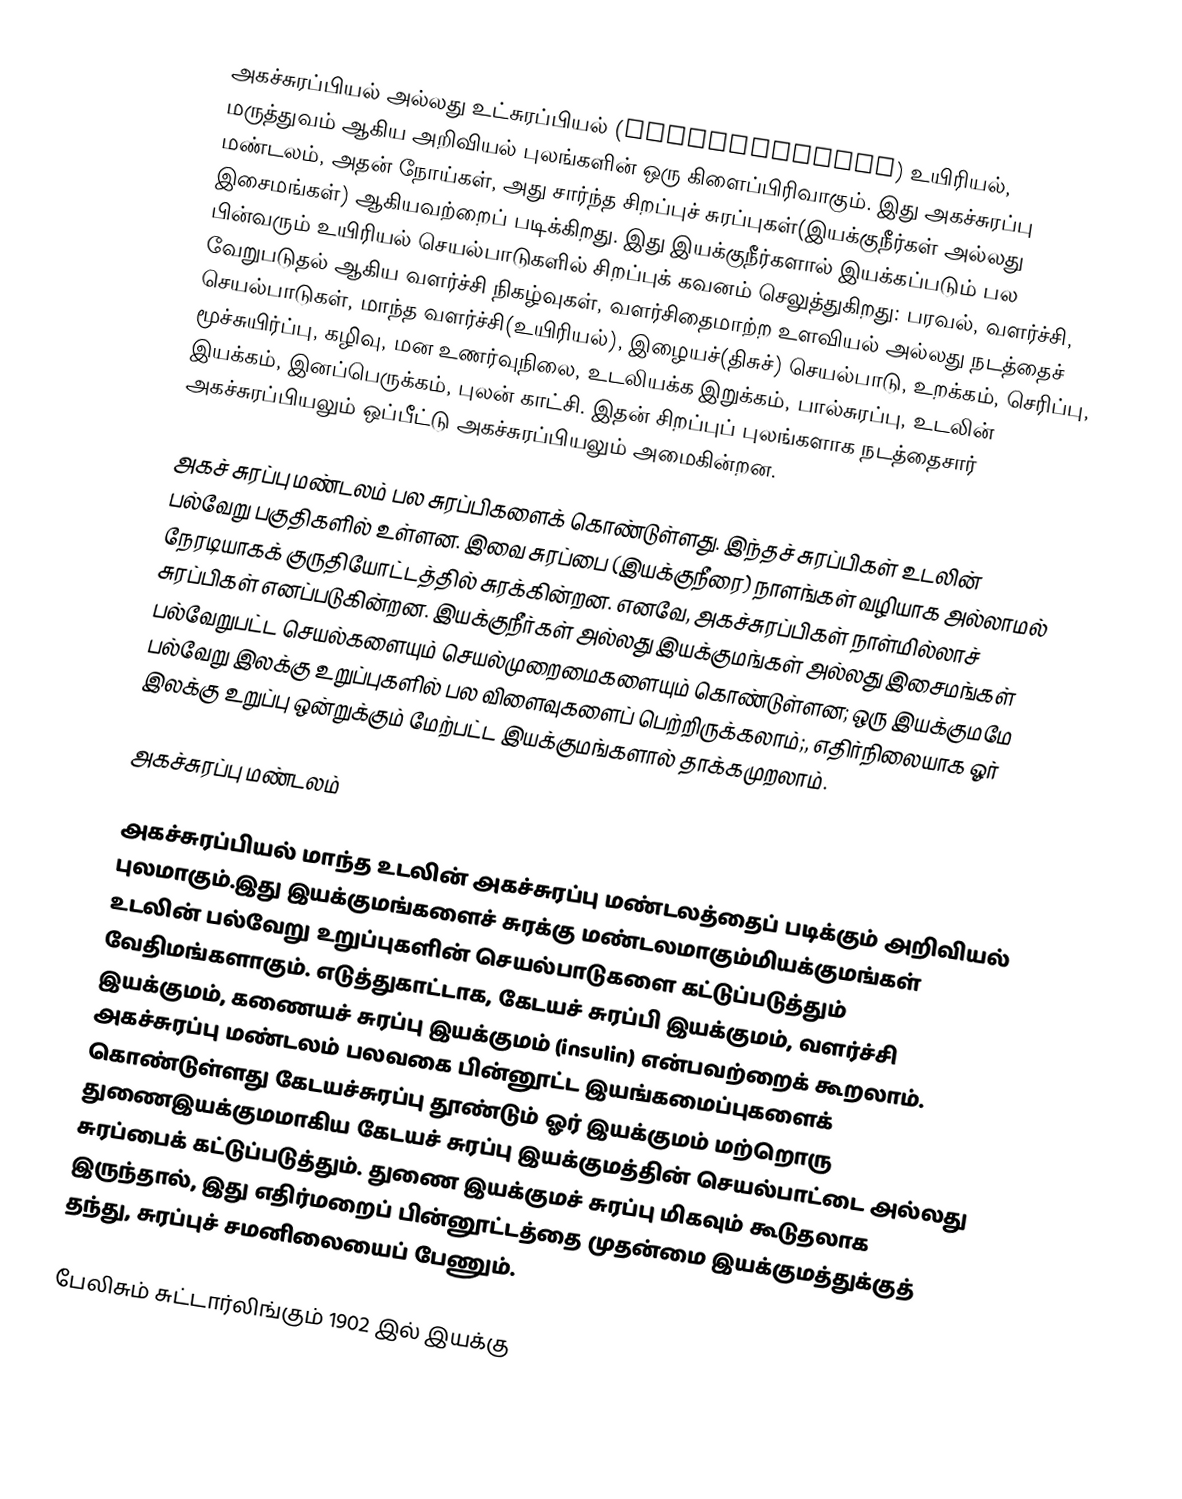
அகச்சுரப்பியல் அல்லது  உட்சுரப்பியல் (Endocrinology)  உயிரியல், மருத்துவம் ஆகிய அறிவியல் புலங்களின் ஒரு கிளைப்பிரிவாகும். இது அகச்சுரப்பு மண்டலம், அதன் நோய்கள், அது சார்ந்த சிறப்புச் சுரப்புகள்(இயக்குநீர்கள் அல்லது இசைமங்கள்) ஆகியவற்றைப் படிக்கிறது.  இது  இயக்குநீர்களால் இயக்கப்படும் பல பின்வரும் உயிரியல் செயல்பாடுகளில் சிறப்புக் கவனம் செலுத்துகிறது: பரவல், வளர்ச்சி, வேறுபடுதல் ஆகிய வளர்ச்சி நிகழ்வுகள், வளர்சிதைமாற்ற உளவியல் அல்லது நடத்தைச் செயல்பாடுகள்,  மாந்த வளர்ச்சி(உயிரியல்), இழையச்(திசுச்) செயல்பாடு,  உறக்கம், செரிப்பு, மூச்சுயிர்ப்பு, கழிவு, மன உணர்வுநிலை, உடலியக்க இறுக்கம், பால்சுரப்பு, உடலின் இயக்கம், இனப்பெருக்கம், புலன் காட்சி. இதன் சிறப்புப் புலங்களாக நடத்தைசார் அகச்சுரப்பியலும்  ஒப்பீட்டு அகச்சுரப்பியலும் அமைகின்றன.

அகச் சுரப்பு மண்டலம் பல சுரப்பிகளைக் கொண்டுள்ளது. இந்தச் சுரப்பிகள் உடலின் பல்வேறு பகுதிகளில் உள்ளன. இவை சுரப்பை (இயக்குநீரை) நாளங்கள் வழியாக அல்லாமல் நேரடியாகக் குருதியோட்டத்தில் சுரக்கின்றன. எனவே, அகச்சுரப்பிகள் நாள்மில்லாச் சுரப்பிகள் எனப்படுகின்றன.  இயக்குநீர்கள் அல்லது இயக்குமங்கள் அல்லது இசைமங்கள் பல்வேறுபட்ட செயல்களையும் செயல்முறைமைகளையும் கொண்டுள்ளன;  ஒரு இயக்குமமே பல்வேறு இலக்கு உறுப்புகளில் பல விளைவுகளைப் பெற்றிருக்கலாம்;, எதிர்நிலையாக  ஓர் இலக்கு உறுப்பு ஒன்றுக்கும் மேற்பட்ட இயக்குமங்களால் தாக்கமுறலாம்.

அகச்சுரப்பு மண்டலம்

அகச்சுரப்பியல் மாந்த உடலின் அகச்சுரப்பு மண்டலத்தைப் படிக்கும் அறிவியல் புலமாகும்.இது இயக்குமங்களைச் சுரக்கு மண்டலமாகும்மியக்குமங்கள் உடலின் பல்வேறு உறுப்புகளின் செயல்பாடுகளை கட்டுப்படுத்தும் வேதிமங்களாகும்.  எடுத்துகாட்டாக,  கேடயச் சுரப்பி இயக்குமம், வளர்ச்சி இயக்குமம்,  கணையச் சுரப்பு இயக்குமம் (insulin) என்பவற்றைக் கூறலாம்.  அகச்சுரப்பு மண்டலம் பலவகை பின்னூட்ட இயங்கமைப்புகளைக் கொண்டுள்ளது கேடயச்சுரப்பு தூண்டும் ஓர் இயக்குமம் மற்றொரு துணைஇயக்குமமாகிய கேடயச் சுரப்பு இயக்குமத்தின் செயல்பாட்டை அல்லது சுரப்பைக் கட்டுப்படுத்தும். துணை இயக்குமச் சுரப்பு மிகவும் கூடுதலாக இருந்தால், இது எதிர்மறைப் பின்னூட்டத்தை முதன்மை  இயக்குமத்துக்குத் தந்து, சுரப்புச் சமனிலையைப் பேணும்.

பேலிசும் சுட்டார்லிங்கும் 1902 இல் இயக்கு